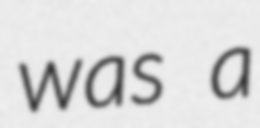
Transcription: was a